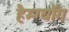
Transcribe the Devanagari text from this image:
हैम्ग्यॉंग